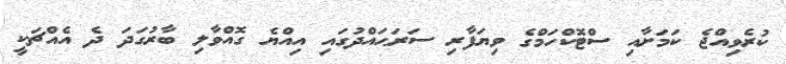
ކުރެވިއްޖެ ކަމަށާއި ސްޓޮކްހަމްގެ ވިޔަފާރި ސަރަޙައްދުގައި އިއްޔެ ގޮއްވާލި ބާރުގަދަ ދެ އެއްޗަކީ